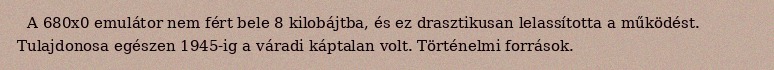
A 680x0 emulátor nem fért bele 8 kilobájtba, és ez drasztikusan lelassította a működést. Tulajdonosa egészen 1945-ig a váradi káptalan volt. Történelmi források.